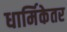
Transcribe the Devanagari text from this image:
धार्मिकेतर